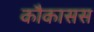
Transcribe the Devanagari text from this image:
कौकासस